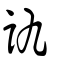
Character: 訅